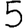
Digit: 5